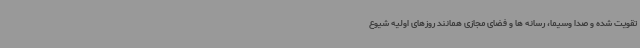
تقویت شده و صدا وسیما، رسانه ها و فضای مجازی همانند روزهای اولیه شیوع